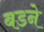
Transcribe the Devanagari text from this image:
बडने